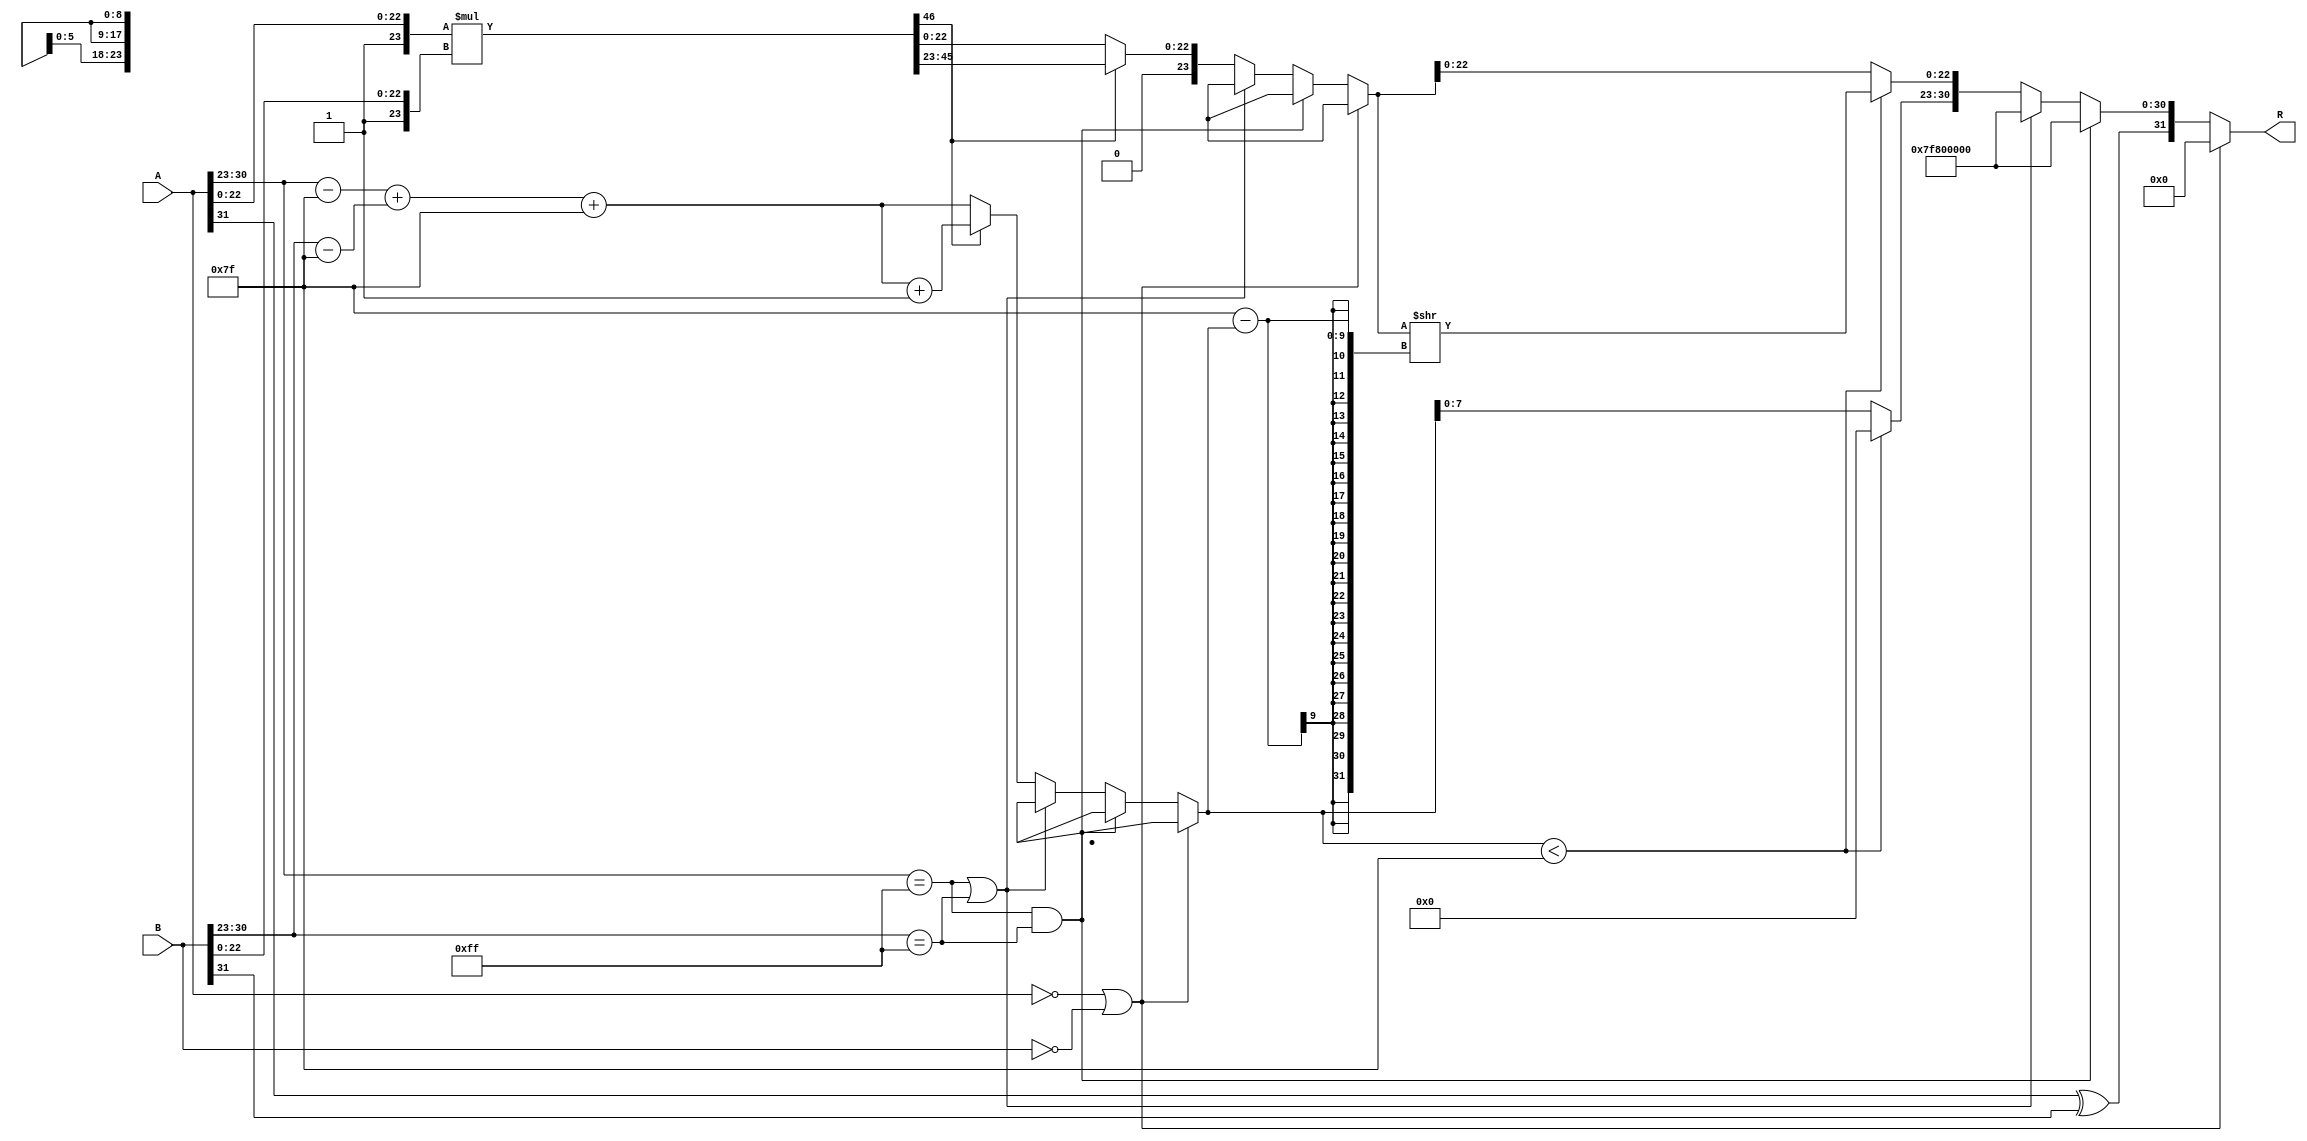
module floating_point_multiplier #(
    parameter E = 8, // Number of exponent bits
    parameter M = 23, // Number of significand bits
    parameter BIAS = (1 << (E - 1)) - 1 // Bias for exponent
)(
    input wire [E + M:0] A, // First floating-point number (S_A, E_A, M_A)
    input wire [E + M:0] B, // Second floating-point number (S_B, E_B, M_B)
    output reg [E + M:0] R // Result floating-point number (S_R, E_R, M_R)
);

    // Internal signals
    wire S_A = A[E + M]; // Sign bit of A
    wire S_B = B[E + M]; // Sign bit of B
    wire [E - 1:0] E_A = A[E + M - 1:E + M - E]; // Exponent of A
    wire [E - 1:0] E_B = B[E + M - 1:E + M - E]; // Exponent of B
    wire [M - 1:0] M_A = A[M - 1:0]; // Significand of A
    wire [M - 1:0] M_B = B[M - 1:0]; // Significand of B

    // Sign calculation
    wire S_R = S_A ^ S_B;

    // Exponent calculation
    wire [E:0] E_A_actual = {1'b0, E_A} - BIAS; // Adjusted exponent of A
    wire [E:0] E_B_actual = {1'b0, E_B} - BIAS; // Adjusted exponent of B
    wire [E:0] E_R = E_A_actual + E_B_actual + BIAS; // Result exponent

    // Significand multiplication
    wire [2*M:0] M_R_temp = {1'b1, M_A} * {1'b1, M_B}; // Multiply significands with implicit leading 1

    // Normalization
    reg [M:0] M_R;
    reg [E:0] E_R_final;
    reg overflow, underflow;

    always @(*) begin
        // Initialize
        overflow = 0;
        underflow = 0;
        M_R = 0;
        E_R_final = E_R;

        // Check for special cases
        if (A == 0 || B == 0) begin
            R = 0; // Result is zero
        end else if (E_A == {E{1'b1}} && E_B == {E{1'b1}}) begin
            R = {S_R, {E{1'b1}}, {M{1'b0}}}; // Result is NaN
        end else if (E_A == {E{1'b1}} || E_B == {E{1'b1}}) begin
            R = {S_R, {E{1'b1}}, {M{1'b0}}}; // Result is NaN
        end else begin
            // Normal case
            if (M_R_temp[2*M] == 1) begin
                // Overflow case
                M_R = M_R_temp[2*M-1:M]; // Shift right
                E_R_final = E_R + 1; // Increment exponent
                overflow = 1;
            end else begin
                M_R = M_R_temp[M-1:0]; // Normal case
            end

            // Check for underflow
            if (E_R_final < BIAS) begin
                underflow = 1;
                M_R = M_R >> (BIAS - E_R_final); // Shift for denormalized
                E_R_final = 0; // Set exponent to zero for denormalized
            end

            // Assemble result
            R = {S_R, E_R_final[E-1:0], M_R[M-1:0]};
        end
    end

endmodule